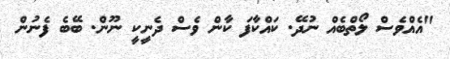
"އެއްވެސް ލޯތްބެއް ނުދޭ. ކައްކާފަ ކާން ވެސް ދެނީކީ ނޫން. ބޭބެ ފެނުން